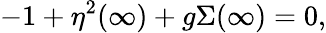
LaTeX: -1+\eta^{2}(\infty)+g\Sigma(\infty)=0,